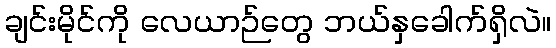
ချင်းမိုင်ကို လေယာဉ်တွေ ဘယ်နှခေါက်ရှိလဲ။